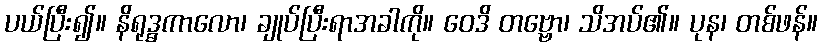
ပယ်ပြီး၍။ နိရုဒ္ဓကာလော၊ ချုပ်ပြီးရာအခါကို။ ဝေဒိ တဗ္ဗော၊ သိအပ်၏။ ပုန၊ တစ်ဖန်။